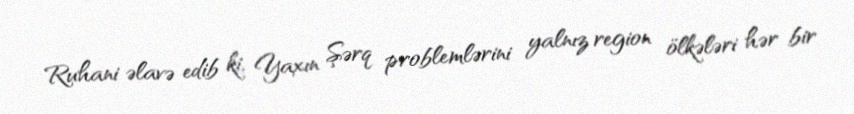
Ruhani əlavə edib ki, Yaxın Şərq problemlərini yalnız region ölkələri hər bir